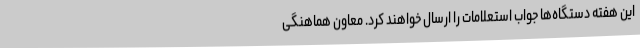
این هفته دستگاه‌ها جواب استعلامات را ارسال خواهند کرد. معاون هماهنگی